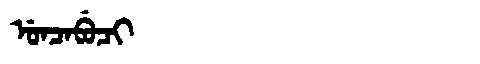
Manchu: ᡠᠨᠴᠠᠪᡠᠴᡳ
Romanization: UNCABUCI